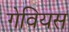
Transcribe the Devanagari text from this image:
गेवियस